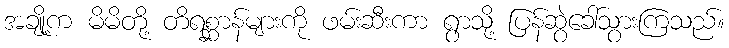
အချို့က မိမိတို့ တိရစ္ဆာန်များကို ဖမ်းဆီးကာ ရွာသို့ ပြန်ဆွဲခေါ်သွားကြသည်။